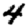
Digit: 4